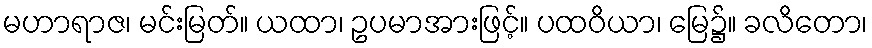
မဟာရာဇ၊ မင်းမြတ်။ ယထာ၊ ဥပမာအားဖြင့်။ ပထဝိယာ၊ မြေ၌။ ခလိတော၊